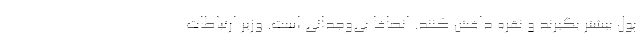
پول بیشتر بگیرند و نقره داغش کنند. انصافا بی‌وجدانی است. وزیر ارتباطات